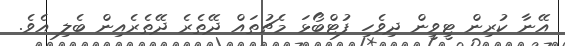
އޭނާ ކުރިން ޓީވީން ދިވެހި ފުޓްބޯޅަ މެޗުތައް ދޭތެރެ ދޭތެރެއިން ބެލި އެވެ.